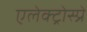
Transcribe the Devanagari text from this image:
एलेक्ट्रोस्प्रे